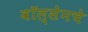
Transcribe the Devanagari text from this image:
वॉल्सेनचे